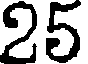
25